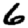
Digit: 6